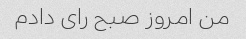
من امروز صبح رای دادم